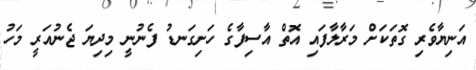
އަނިޔާވެރި ގޮތަކަށް މަރާލާފައި އޮތް އާސިފާގެ ހަށިގަނޑު ފެނުނީ މިދިޔަ ޖެނުއަރީ މަހު